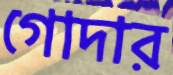
গোদার